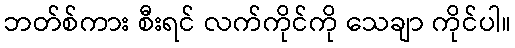
ဘတ်စ်ကား စီးရင် လက်ကိုင်ကို သေချာ ကိုင်ပါ။